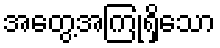
အတွေ့အကြုံရှိသော